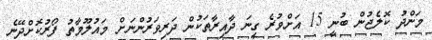
މަންދު ކޮލެޖުން ބުނީ 15 އަށްވުރެ ގިނަ ދާއިރާތަކުން ދަރިވަރުންނަށް މައުލޫމާތު ފޯރުކޮށްދޭނެ